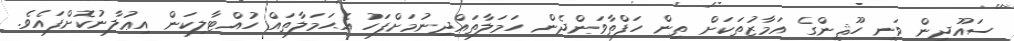
ސައޫދީން ވަނީ ހޫޘީންގެ އަމާޒުތަކަށް ތިން ހަފްތާވަންދެން ހަމަލާތައްދިނުމަށްފަހު އެޙަމަލާތައް ހުއްޓާލިކަން އިޢުލާނުކޮށްފައެވެ.